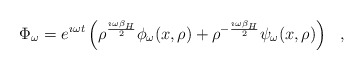
\begin{align*}\Phi_\omega = e^{\imath \omega t}\left(\rho^{\imath \omega\beta_H\over 2}\phi_\omega (x,\rho )+\rho^{-{\imath \omega\beta_H\over 2}}\psi_\omega (x,\rho )\right)~~,\end{align*}